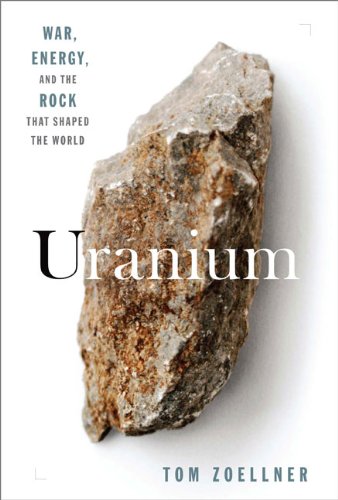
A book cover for Uranium: War, Energy and the Rock That Shaped the World; Tom Zoellner; Sports & Outdoors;